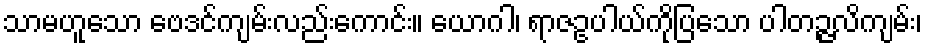
သာမဟူသော ဗေဒင်ကျမ်းလည်းကောင်း။ ယောဂါ၊ ရာဇဥပါယ်ကိုပြသော ပါတဉ္ဇလိကျမ်း၊